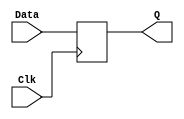
//-----------------------------------------------------------------------------
//-- (c) Copyright 2006 - 2009 Xilinx, Inc. All rights reserved.
//--
//-- This file contains confidential and proprietary information
//-- of Xilinx, Inc. and is protected under U.S. and
//-- international copyright and other intellectual property
//-- laws.
//--
//-- DISCLAIMER
//-- This disclaimer is not a license and does not grant any
//-- rights to the materials distributed herewith. Except as
//-- otherwise provided in a valid license issued to you by
//-- Xilinx, and to the maximum extent permitted by applicable
//-- law: (1) THESE MATERIALS ARE MADE AVAILABLE "AS IS" AND
//-- WITH ALL FAULTS, AND XILINX HEREBY DISCLAIMS ALL WARRANTIES
//-- AND CONDITIONS, EXPRESS, IMPLIED, OR STATUTORY, INCLUDING
//-- BUT NOT LIMITED TO WARRANTIES OF MERCHANTABILITY, NON-
//-- INFRINGEMENT, OR FITNESS FOR ANY PARTICULAR PURPOSE; and
//-- (2) Xilinx shall not be liable (whether in contract or tort,
//-- including negligence, or under any other theory of
//-- liability) for any loss or damage of any kind or nature
//-- related to, arising under or in connection with these
//-- materials, including for any direct, or any indirect,
//-- special, incidental, or consequential loss or damage
//-- (including loss of data, profits, goodwill, or any type of
//-- loss or damage suffered as a result of any action brought
//-- by a third party) even if such damage or loss was
//-- reasonably foreseeable or Xilinx had been advised of the
//-- possibility of the same.
//--
//-- CRITICAL APPLICATIONS
//-- Xilinx products are not designed or intended to be fail-
//-- safe, or for use in any application requiring fail-safe
//-- performance, such as life-support or safety devices or
//-- systems, Class III medical devices, nuclear facilities,
//-- applications related to the deployment of airbags, or any
//-- other applications that could lead to death, personal
//-- injury, or severe property or environmental damage
//-- (individually and collectively, "Critical
//-- Applications"). Customer assumes the sole risk and
//-- liability of any use of Xilinx products in Critical
//-- Applications, subject only to applicable laws and
//-- regulations governing limitations on product liability.
//--
//-- THIS COPYRIGHT NOTICE AND DISCLAIMER MUST BE RETAINED AS
//-- PART OF THIS FILE AT ALL TIMES.
//-----------------------------------------------------------------------------
//
// Description: SRL delay element used at the output of the control path BRAM.
//   
//--------------------------------------------------------------------------
//
// Structure:
//   mpmc_ctrl_path
//     ctrl_path
//     arbiter
//       arb_acknowledge
//       arb_bram_addr
//       arb_pattern_start
//         arb_req_pending_muxes
//         high_priority_select
//       arb_which_port
//         arb_req_pending_muxes
//         high_priority_select
//       arb_pattern_type
//         arb_pattern_type_muxes
//         arb_pattern_type_fifo
//         high_priority_select
//           mpmc_ctrl_path_fifo (currently used, better for output timing)
//           fifo_4 (not used, better for area)
//             fifo_32_rdcntr
//
//--------------------------------------------------------------------------
// History:
//
//--------------------------------------------------------------------------
`timescale 1ns/1ns

module mpmc_srl_delay #
  (
   parameter C_DELAY = 5'b00001
   )
  (
   input       Clk,
   input       Data,
   output      Q
   );
   localparam [3:0] C_DELAY_TMP = (C_DELAY < 2) ? 4'h0 : C_DELAY - 4'h2;
   reg  data_d1 = 0;
   (* equivalent_register_removal = "no" *) reg  data_d2 = 0;
   generate
      if (C_DELAY == 0)
        begin : gen_delay_0
           assign Q = Data;
        end
      else if (C_DELAY == 1)
        begin : gen_delay_1
           always @(posedge Clk) data_d1 <= Data;
           assign Q = data_d1;
        end
      else
        begin : gen_delay_2plus
           wire data_d1;
           SRL16 
             SRL16_0
               (
                .CLK (Clk),
                .A0  (C_DELAY_TMP[0]),
                .A1  (C_DELAY_TMP[1]),
                .A2  (C_DELAY_TMP[2]),
                .A3  (C_DELAY_TMP[3]),
                .D   (Data),
                .Q   (data_d1)
                );
           always @(posedge Clk) data_d2 <= data_d1;
           assign Q = data_d2;
        end
   endgenerate
endmodule